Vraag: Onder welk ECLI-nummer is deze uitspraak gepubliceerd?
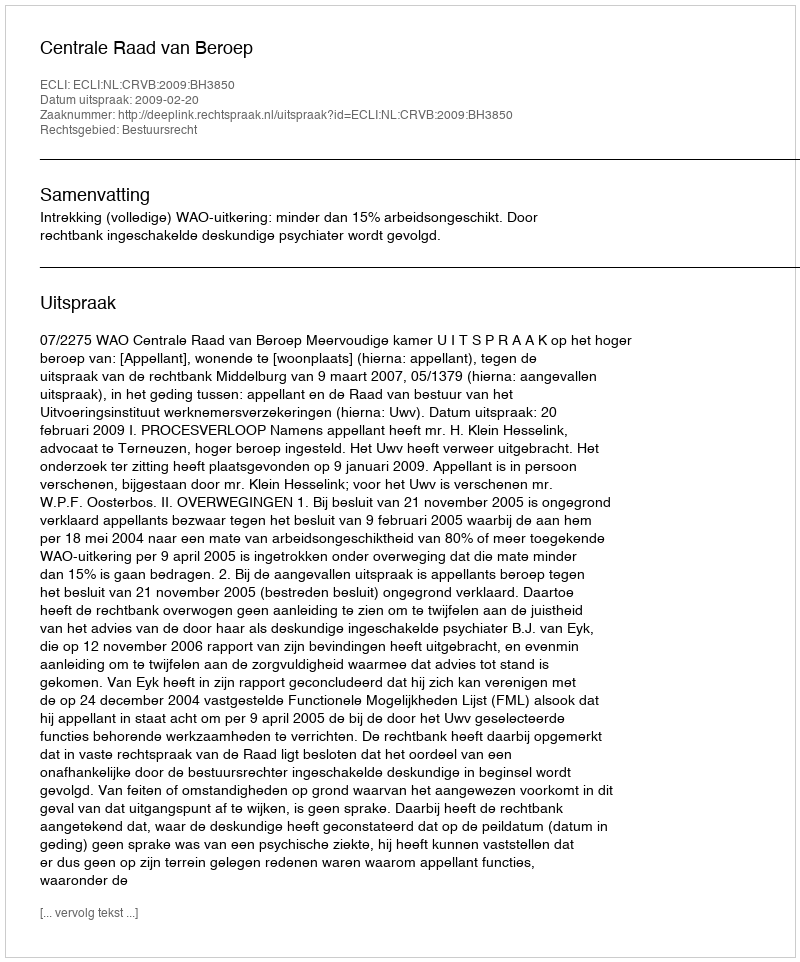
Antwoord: ECLI:NL:CRVB:2009:BH3850